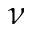
\nu